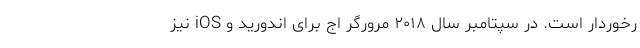
رخوردار است. در سپتامبر سال ۲۰۱۸ مرورگر اج برای اندورید و iOS نیز